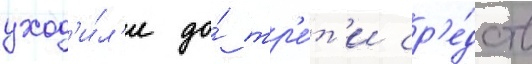
уход'и́л'и до́ тр'е́т'и ср'е́дств